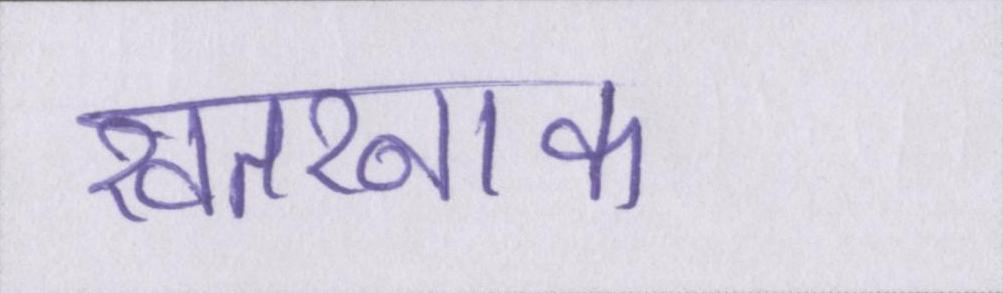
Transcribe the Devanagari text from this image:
खतरनाक